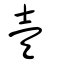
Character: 壹